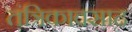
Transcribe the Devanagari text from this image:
तंत्रिकावसाद